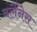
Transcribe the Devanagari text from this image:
वर्लैनेस